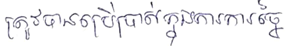
ត្រូវបានប្រើប្រាស់ក្នុងការច្នៃ